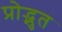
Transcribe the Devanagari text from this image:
प्रोद्भुत